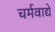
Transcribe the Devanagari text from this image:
चर्मवाद्ये